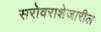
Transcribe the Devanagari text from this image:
सरोवराशेजारील